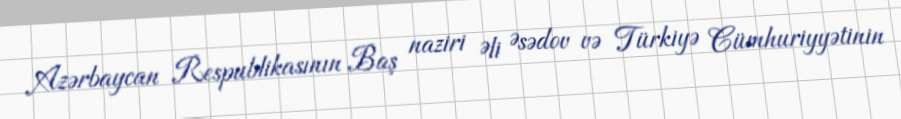
Azərbaycan Respublikasının Baş naziri Əli Əsədov və Türkiyə Cümhuriyyətinin